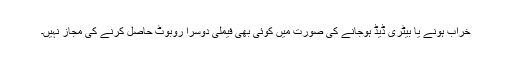
خراب ہونے یا بیٹری ڈیڈ ہوجانے کی صورت میں کوئی بھی فیملی دوسرا روبوٹ حاصل کرنے کی مجاز نہیں۔